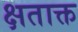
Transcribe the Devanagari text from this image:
क्षताक्त